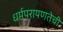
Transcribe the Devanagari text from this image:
धर्मपरायणतेची